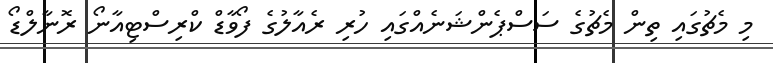
މި މެޗުގައި ތިން މެޗުގެ ސަސްޕެންޝަނެއްގައި ހުރި ރެއާލުގެ ފޯވާޑް ކްރިސްޓިއާނޯ ރޮނާލްޑޯ